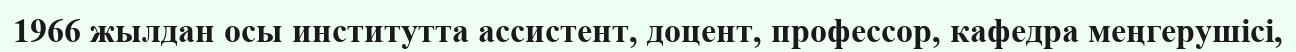
1966 жылдан осы институтта ассистент, доцент, профессор, кафедра меңгерушісі,